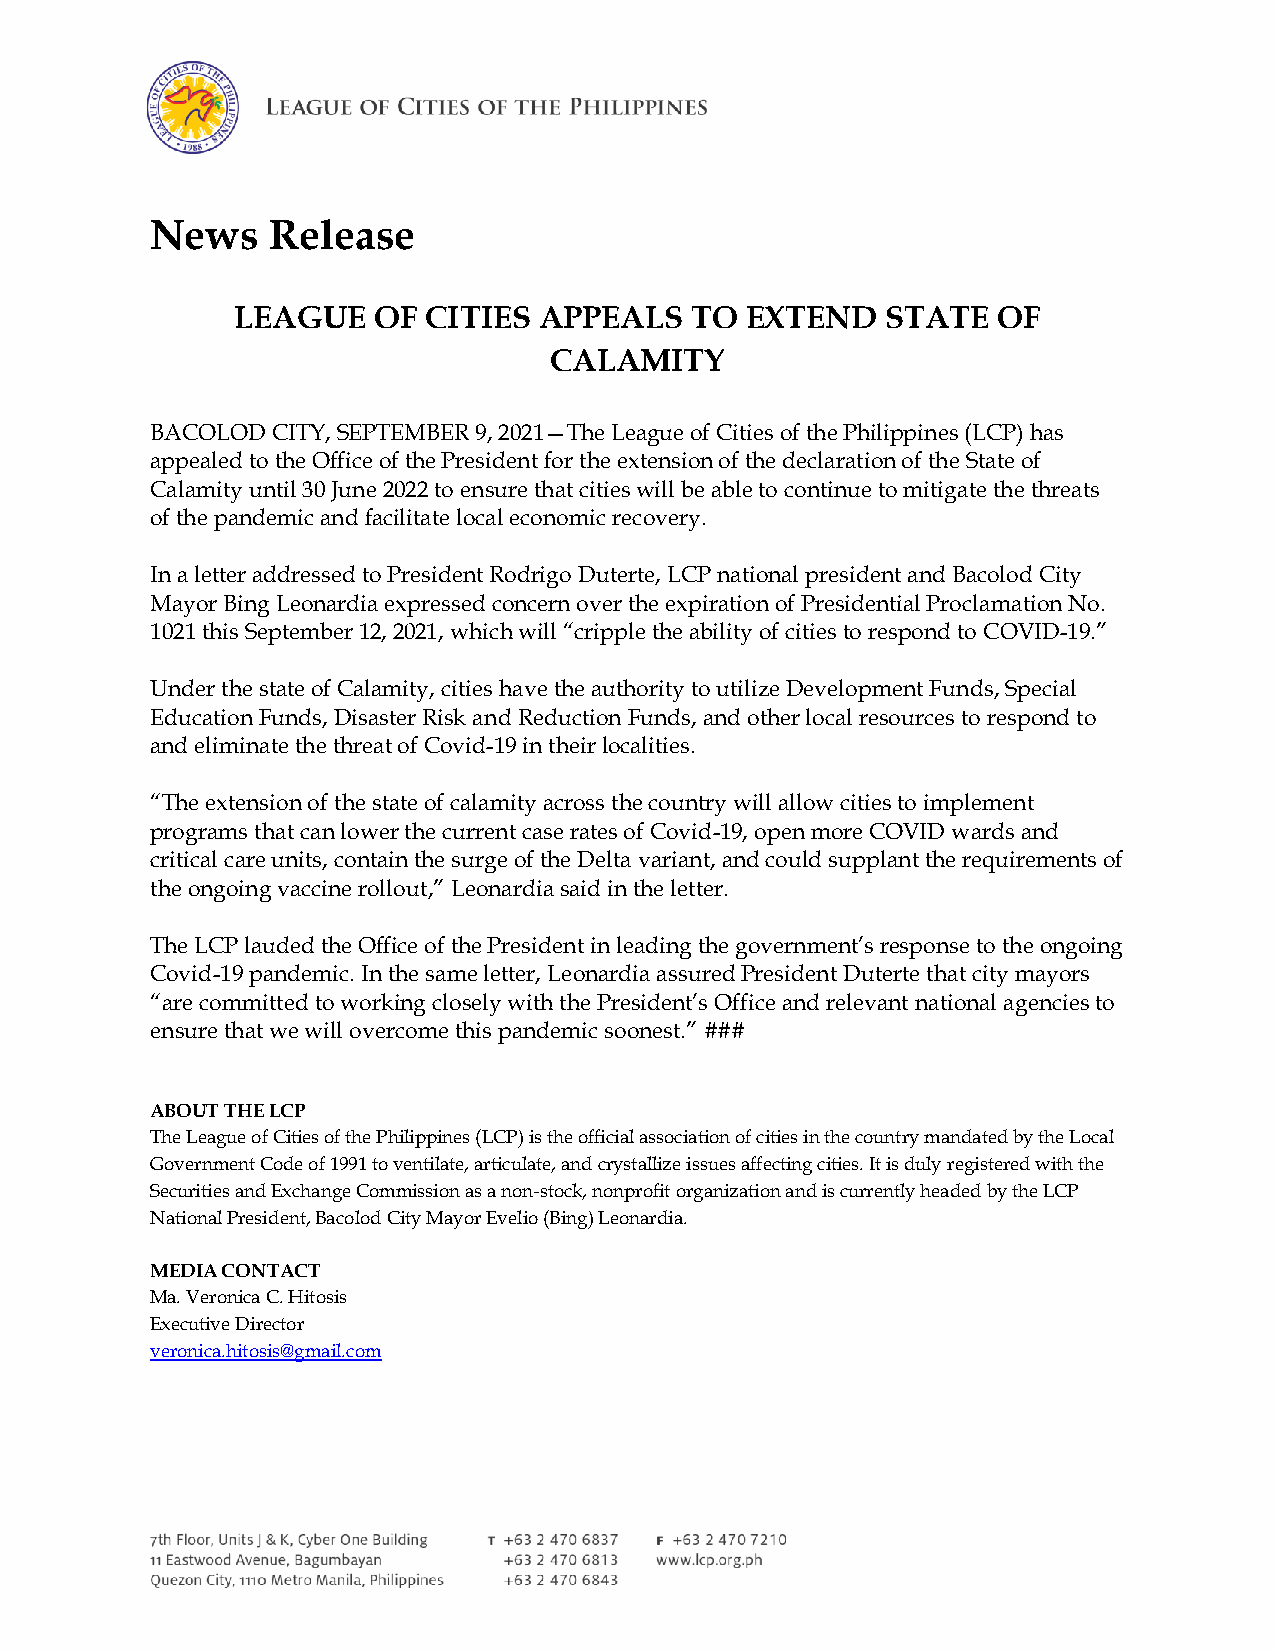
News    Release
 LEAGUE   OF CITIES  APPEALS   TO EXTEND    STATE  OF
 CALAMITY
 BACOLOD CITY, SEPTEMBER 9, 2021—The League of Cities of the Philippines (LCP) has
 appealed to the Office of the President for the extension of the declaration of the State of
 Calamity until 30 June 2022 to ensure that cities will be able to continue to mitigate the threats
 of the pandemic and facilitate local economic recovery.
 In a letter addressed to President Rodrigo Duterte, LCP national president and Bacolod City
 Mayor Bing Leonardia expressed concern over the expiration of Presidential Proclamation No.
 1021 this September 12, 2021, which will “cripple the ability of cities to respond to COVID-19.”
 Under the state of Calamity, cities have the authority to utilize Development Funds, Special
 Education Funds, Disaster Risk and Reduction Funds, and other local resources to respond to
 and eliminate the threat of Covid-19 in their localities.
 “The extension of the state of calamity across the country will allow cities to implement
 programs that can lower the current case rates of Covid-19, open more COVID wards and
 critical care units, contain the surge of the Delta variant, and could supplant the requirements of
 the ongoing vaccine rollout,” Leonardia said in the letter.
 The LCP lauded the Office of the President in leading the government’s response to the ongoing
 Covid-19 pandemic. In the same letter, Leonardia assured President Duterte that city mayors
 “are committed to working closely with the President’s Office and relevant national agencies to
 ensure that we will overcome this pandemic soonest.” ###
 ABOUT THE LCP
 The League of Cities of the Philippines (LCP) is the official association of cities in the country mandated by the Local
 Government Code of 1991 to ventilate, articulate, and crystallize issues affecting cities. It is duly registered with the
 Securities and Exchange Commission as a non-stock, nonprofit organization and is currently headed by the LCP
 National President, Bacolod City Mayor Evelio (Bing) Leonardia.
 MEDIA CONTACT
 Ma. Veronica C. Hitosis
 Executive Director
 veronica.hitosis@gmail.com